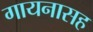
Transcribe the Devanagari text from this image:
गायनासह